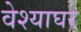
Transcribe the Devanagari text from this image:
वेश्याघर